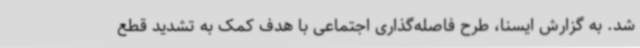
شد. به گزارش ایسنا، طرح فاصله‌گذاری اجتماعی با هدف کمک به تشدید قطع